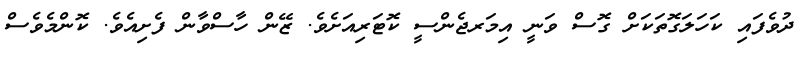
ދުވެފައި ކަހަލަގޮތަަކަށް ގޮސް ވަނީ އިމަރޖެންސީ ކޮޓަރިއަށެވެ. ޒޭން ހާސްވާން ފެށިއެވެ. ކޮންމެވެސް